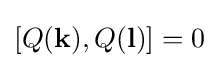
\left[Q(\mathbf {k} ),Q(\mathbf {l} )\right]=0